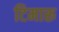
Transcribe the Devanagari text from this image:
टिमारू